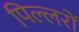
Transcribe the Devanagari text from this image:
पिल्लरों